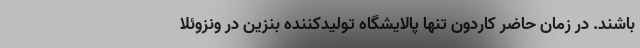
باشند. در زمان حاضر کاردون تنها پالایشگاه تولیدکننده بنزین در ونزوئلا